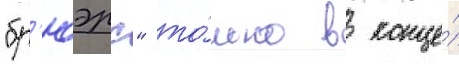
"бр'юэрс" то́лько в конце́